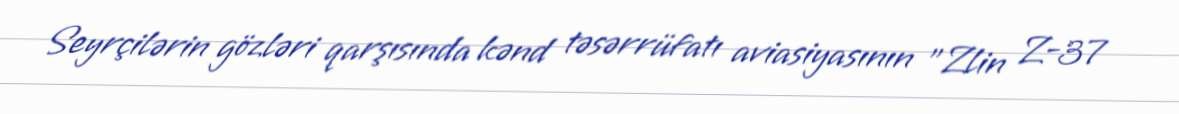
Seyrçilərin gözləri qarşısında kənd təsərrüfatı aviasiyasının "Zlin Z-37